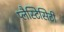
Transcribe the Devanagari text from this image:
प्लैस्टिसिटी